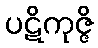
ပဋိကုဇ္ဇိ